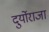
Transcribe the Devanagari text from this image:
दुर्योराजा